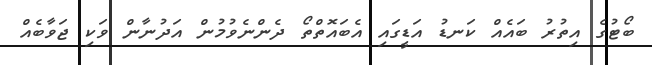
ބޯޓުގެ އިތުރު ބައެއް ކަނޑު އަޑީގައި އެބައޮތްތޯ ދެންނެވުމުން އަދުނާން ވަކި ޖަވާބެއް